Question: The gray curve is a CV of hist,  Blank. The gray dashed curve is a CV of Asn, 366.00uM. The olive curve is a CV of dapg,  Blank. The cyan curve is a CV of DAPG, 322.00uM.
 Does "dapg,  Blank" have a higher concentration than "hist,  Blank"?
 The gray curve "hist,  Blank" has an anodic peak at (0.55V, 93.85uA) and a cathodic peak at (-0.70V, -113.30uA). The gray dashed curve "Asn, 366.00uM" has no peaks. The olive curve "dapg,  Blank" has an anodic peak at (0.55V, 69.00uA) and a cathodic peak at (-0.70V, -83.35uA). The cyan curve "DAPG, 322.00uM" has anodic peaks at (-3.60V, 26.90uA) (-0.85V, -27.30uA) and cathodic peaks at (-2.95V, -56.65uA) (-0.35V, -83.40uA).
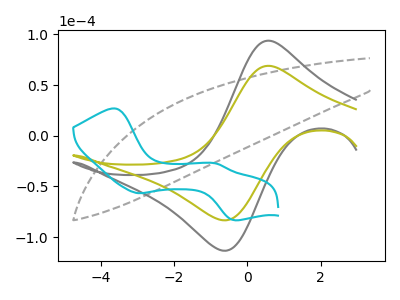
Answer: <think>All the peaks in "dapg,  Blank" have a peak in "hist,  Blank" at the same potential. Every peak in "dapg,  Blank" is lower than every peak in "hist,  Blank".
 </think>
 <answer>"dapg,  Blank" has less signal than "hist,  Blank" and so likely has a lower concentration.</answer>
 <eval>less_concentration</eval>